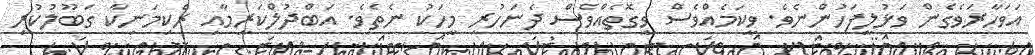
އަވަހާރަވެގެން ވަޅުލީފަހުންނެވެ. ވީކަމެއްވެސް ވީގޮތެއްވެސް ދެނަހުރި މީހަކު ނެތެވެ. އަބްދުލްކަރީމާއި ރެކިމަނިކާ ގަބޫލުކުރި